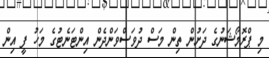
މި ޕްރޮމޯޝަނުގެ ދަށުން ތިން މަސް ދުވަސްވަންދެން އިންޓަނެޓުގެ މަހު ފީ އިން